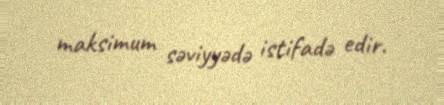
maksimum səviyyədə istifadə edir.